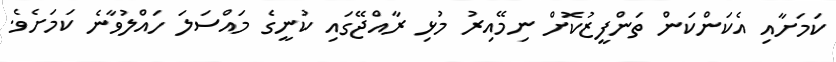
ކަމަށާއި އެކަންކަން ތަންފީޒުކޮށް ނިމޭއިރު މުޅި ރާއްޖޭގައި ކުނީގެ މައްސަލަ ހައްލުވާނެ ކަމަށެވެ.